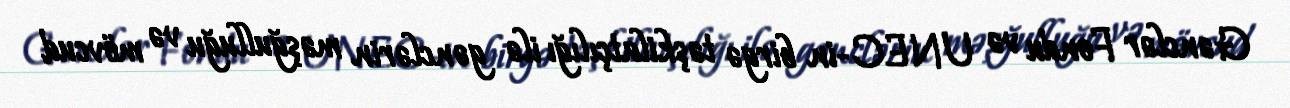
Gənclər Fondu və UNEC-in birgə təşkilatçılığı ilə gənclərin məşğulluğu və mövcud